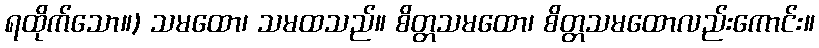
ရထိုက်သော။) သမထော၊ သမထသည်။ စိတ္တသမထော၊ စိတ္တသမထောလည်းကောင်း။